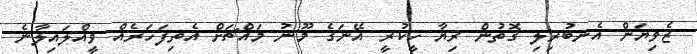
ޒެވިޔަން އެނބުރިލި ގޮތުން ރިޔާ ހީކުރީ އޭނަގެ މޫނު މައްޗަށް އެތިފަހަރެއް ވީއްލައިލާނެ